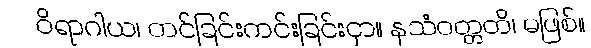
ဝိရာဂါယ၊ တင်ခြင်းကင်းခြင်းငှာ။ နသံဝတ္တတိ၊ မဖြစ်။